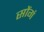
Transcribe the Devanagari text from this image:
सोंगं